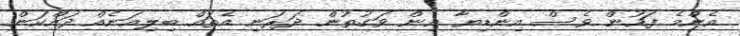
އެންމެ ފަހުން ވެސް އިންޑިޔާ އިން ވަގުތުން ދަރަނި އެތައް ބިލިއަނެއް ދައްކަން